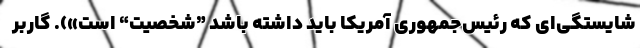
شایستگی‌ای که رئیس‌جمهوریِ آمریکا باید داشته باشد ”شخصیت“ است»). گاربر